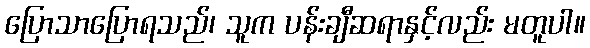
ပြောသာပြောရသည်၊ သူက ပန်းချီဆရာနှင့်လည်း မတူပါ။